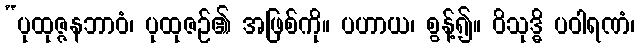
“ပုထုဇ္ဇနဘာဝံ၊ ပုထုဇဉ်၏ အဖြစ်ကို။ ပဟာယ၊ စွန့်၍။ ဝိသုဒ္ဓိ ပဝါရဏံ၊